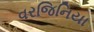
વરજિનિયા